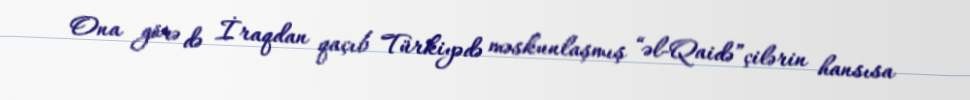
Ona görə də İraqdan qaçıb Türkiyədə məskunlaşmış “əl-Qaidə”çilərin hansısa